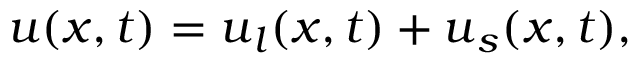
\boldsymbol { { u } } ( \boldsymbol { x } , t ) = \boldsymbol { { u } } _ { l } ( \boldsymbol { x } , t ) + \boldsymbol { u } _ { s } ( \boldsymbol { x } , t ) ,